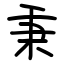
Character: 秉